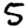
Digit: 5